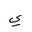
Letter: _ya